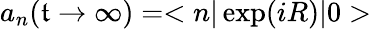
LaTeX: a_{n}(\mathfrak{t}\rightarrow\infty)=<n|\exp(iR)|0>